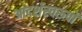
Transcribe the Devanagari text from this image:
आदर्शस्वरूपों